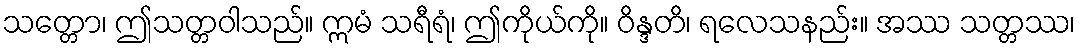
သတ္တော၊ ဤသတ္တဝါသည်။ ဣမံ သရီရံ၊ ဤကိုယ်ကို။ ဝိန္ဒတိ၊ ရလေသနည်း။ အဿ သတ္တဿ၊